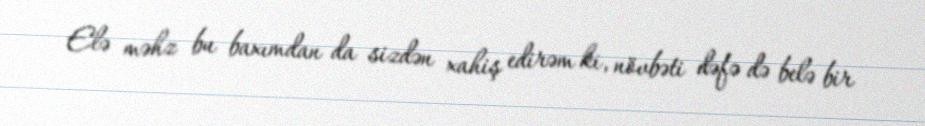
Elə məhz bu baxımdan da sizdən xahiş edirəm ki, növbəti dəfə də belə bir